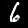
Label: 6